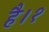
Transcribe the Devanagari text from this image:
है।१